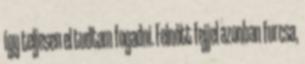
így teljesen el tudtam fogadni. Felnőtt fejjel azonban furcsa,